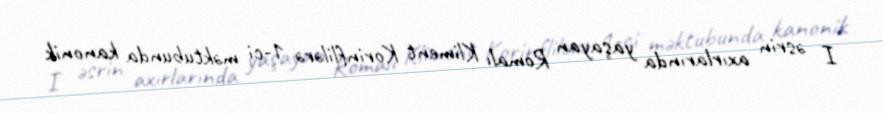
I əsrin axırlarında yaşayan Romalı Kliment Korinflilərə 1-ci məktubunda kanonik